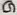
Text: G